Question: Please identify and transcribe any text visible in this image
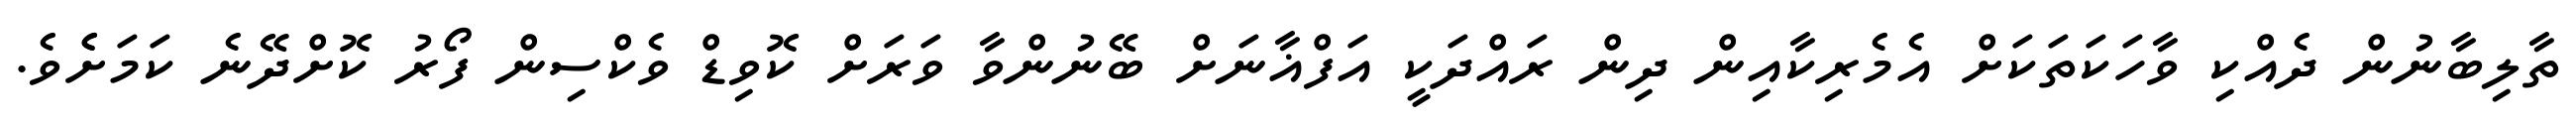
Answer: ތާލިބާނުން ދެއްކި ވާހަކަތަކަށް އެމެރިކާއިން ދިން ރައްދަކީ އަފްޣާނަށް ބޭނުންވާ ވަރަށް ކޮވިޑް ވެކްސިން ފޯރު ކޮށްދޭނެ ކަމަށެެވެ.